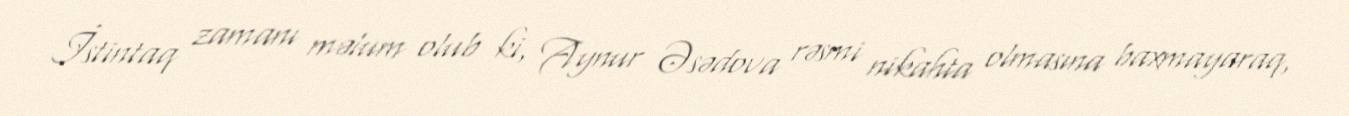
İstintaq zamanı məlum olub ki, Aynur Əsədova rəsmi nikahta olmasına baxmayaraq,